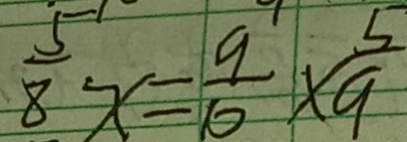
\frac { 5 } { 8 } x = \frac { 9 } { 1 0 } \times \frac { 5 } { 9 }